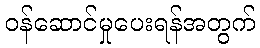
ဝန်ဆောင်မှုပေးရန်အတွက်